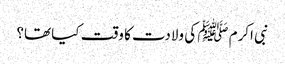
نبی اکرم ﷺ کی ولادت کا وقت کیا تھا؟